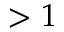
> 1